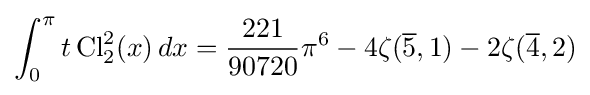
\int _{0}^{\pi }t\operatorname {Cl} _{2}^{2}(x)\,dx={\frac {221}{90720}}\pi ^{6}-4\zeta ({\overline {5}},1)-2\zeta ({\overline {4}},2)